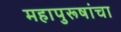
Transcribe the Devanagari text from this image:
महापुरूषांचा